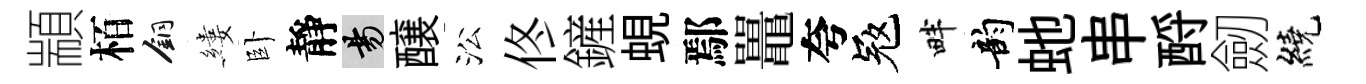
顓栢銅縷卧靜昜醸㳂佟鏟蜆鄢鼉夸冦畔韵虵串酹劒繞